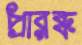
প্রারব্ধ